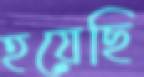
হয়েছি